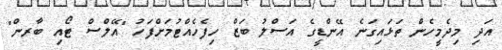
އަދި މިދެމީހެން ތަޅައިގަނެ އޭންޑީގެ އަސްލު ބަޒް ހިފެހެއްޓުމަށްފަހު "އޭލްސް ޓޯއި ބާރން"